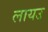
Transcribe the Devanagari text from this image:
लायउ